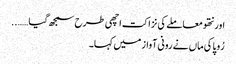
اور نتھو معاملے کی نزاکت اچھی طرح سمجھ گیا……..
رُوپا کی ماں نے رونی آواز میں کہا۔